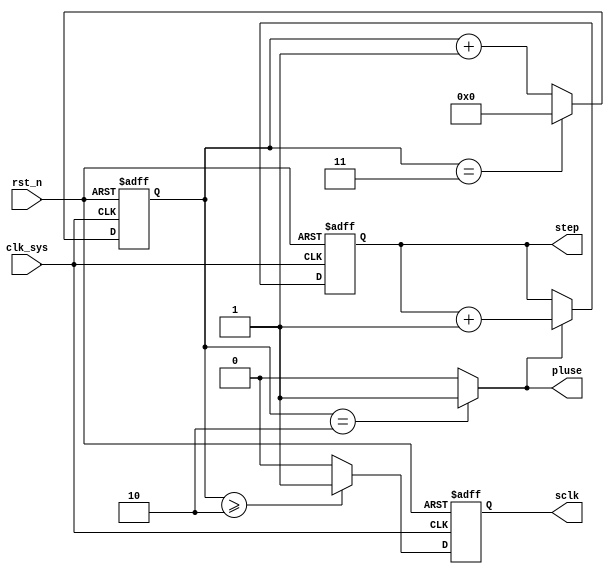
//sclk_gen.v
`define DIV 8'd4
`define DIV_HALF	8'd2


module sclk_gen(
sclk,
pluse,
step,
//clk rst
clk_sys,
rst_n
);
output sclk;
output pluse;
output [3:0] step;
//clk rst
input clk_sys;
input rst_n;
//----------------------------------
//----------------------------------


reg [7:0] cnt_cycle;
always @(posedge clk_sys or negedge rst_n)	begin
	if(~rst_n)
		cnt_cycle <= 8'h0;
	else if(cnt_cycle == (`DIV - 8'h1))
		cnt_cycle <= 8'h0;
	else 
		cnt_cycle <= cnt_cycle + 8'h1;
end
reg sclk;
always @ (posedge clk_sys or negedge rst_n)	begin	
	if(~rst_n)
		sclk <= 1'h1;
	else if(cnt_cycle >= `DIV_HALF)
		sclk <= 1'b1;
	else 
		sclk <= 1'h0;
end

/*
reg pluse;
always @ (posedge clk_sys or negedge rst_n)	begin	
	if(~rst_n)
		pluse <= 1'b0;
	else 
		pluse <= (cnt_cycle == `DIV_HALF) ? 1'b1 : 1'b0;
end
*/
wire pluse;
assign pluse = (cnt_cycle == `DIV_HALF) ? 1'b1 : 1'b0;

 
reg [3:0] step;
always @ (posedge clk_sys or negedge rst_n)	begin
	if(~rst_n)
		step <= 4'h0;
	else if(pluse)
		step <= step + 4'h1;
	else 
		;
end

 
endmodule